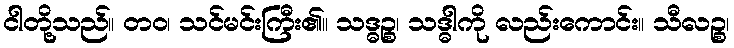
ငါတို့သည်။ တဝ၊ သင်မင်းကြီး၏။ သဒ္ဓဉ္စ၊ သဒ္ဓါကို လည်းကောင်း။ သီလဉ္စ၊